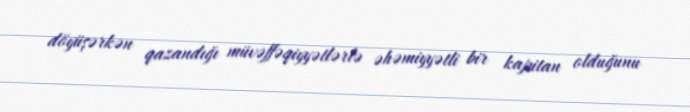
döyüşərkən qazandığı müvəffəqiyyətlərlə əhəmiyyətli bir kapitan olduğunu